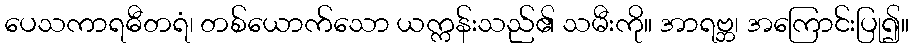
ပေသကာရဓီတရံ၊ တစ်ယောက်သော ယက္ကန်းသည်၏ သမီးကို။ အာရဗ္ဘ၊ အကြောင်းပြု၍။